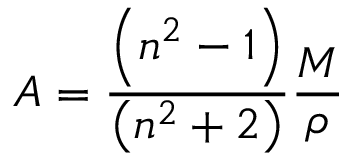
A = \frac { \left( n ^ { 2 } - 1 \right) } { \left( n ^ { 2 } + 2 \right) } \frac { M } { \rho }